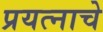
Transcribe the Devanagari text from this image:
प्रयत्नाचे